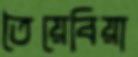
তৈয়েবিয়া